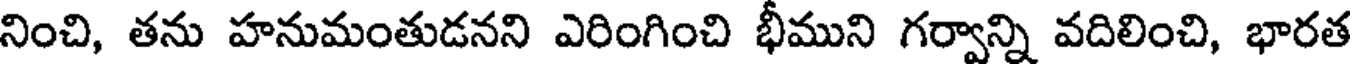
నించి, తను హనుమంతుడనని ఎరింగించి భీముని గర్వాన్ని వదిలించి, భారత